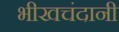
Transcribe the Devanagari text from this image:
भीखचंदानी